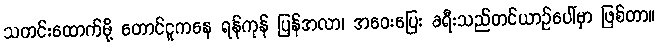
သတင်းထောက်မို့ တောင်ငူကနေ ရန်ကုန် ပြန်အလာ၊ အဝေးပြေး ခရီးသည်တင်ယာဉ်ပေါ်မှာ ဖြစ်တာ။